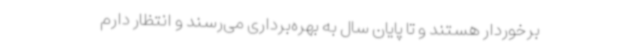
برخوردار هستند و تا پایان سال به بهره‌برداری می‌رسند و انتظار دارم